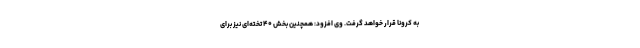
به کرونا قرار خواهد گرفت. وی افزود: همچنین بخش ۴۰ تخته‌ای نیز برای